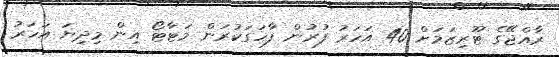
ރާއްޖޭގެ ޓޫރިޒަމަށް 40 އަހަރު ފުރުން ފާހަގަކުރަން މަޓާޓޯ އިން މިދިޔަ އަހަރު